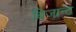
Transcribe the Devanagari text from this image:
बिजान्ट